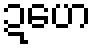
ဍဟေ